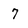
Character: 7